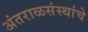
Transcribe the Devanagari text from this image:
अंतराळसंस्थांचे